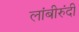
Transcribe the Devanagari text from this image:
लांबीरुंदी